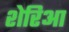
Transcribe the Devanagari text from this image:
शेरिआ